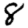
Digit: 8